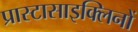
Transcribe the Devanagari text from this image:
प्रास्टासाइक्लिनों